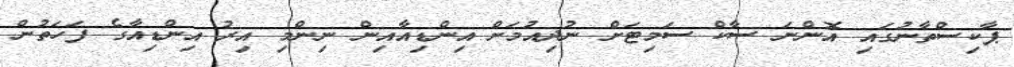
ޕާކިސްތާނުގައި އޮންނަ ސާކް ސަމިޓަށް ނުދިއުމަށް އިންޑިއާއިން ނިންމި އިރު އިންޑިއާގެ ފަހަތުން